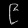
Digit: ၉